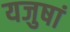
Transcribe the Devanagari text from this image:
यजुषां